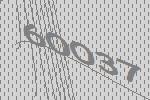
60037